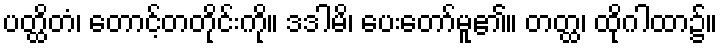
ပတ္ထိတံ၊ တောင့်တတိုင်းကို။ ဒဒါမိ၊ ပေးတော်မူ၏။ တတ္ထ၊ ထိုဂါထာ၌။